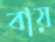
বায়